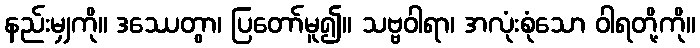
နည်းမျှကို။ ဒဿေတွာ၊ ပြတော်မူ၍။ သဗ္ဗဝါရာ၊ အလုံးစုံသော ဝါရတို့ကို။